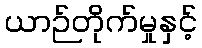
ယာဉ်တိုက်မှုနှင့်